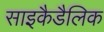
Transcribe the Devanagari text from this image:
साइकैडैलिक